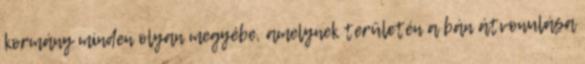
kormány minden olyan megyébe, amelynek területén a bán átvonulása